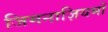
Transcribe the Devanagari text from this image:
जिमनाज़ियमों